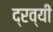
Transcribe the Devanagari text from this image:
द्रव्यी